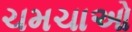
ચમચાઓ